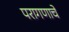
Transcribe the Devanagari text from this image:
परागणाचे